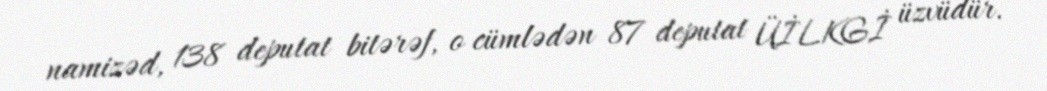
namizəd, 138 deputat bitərəf, o cümlədən 87 deputat ÜİLKGİ üzvüdür.